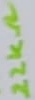
Text: 22KΩ